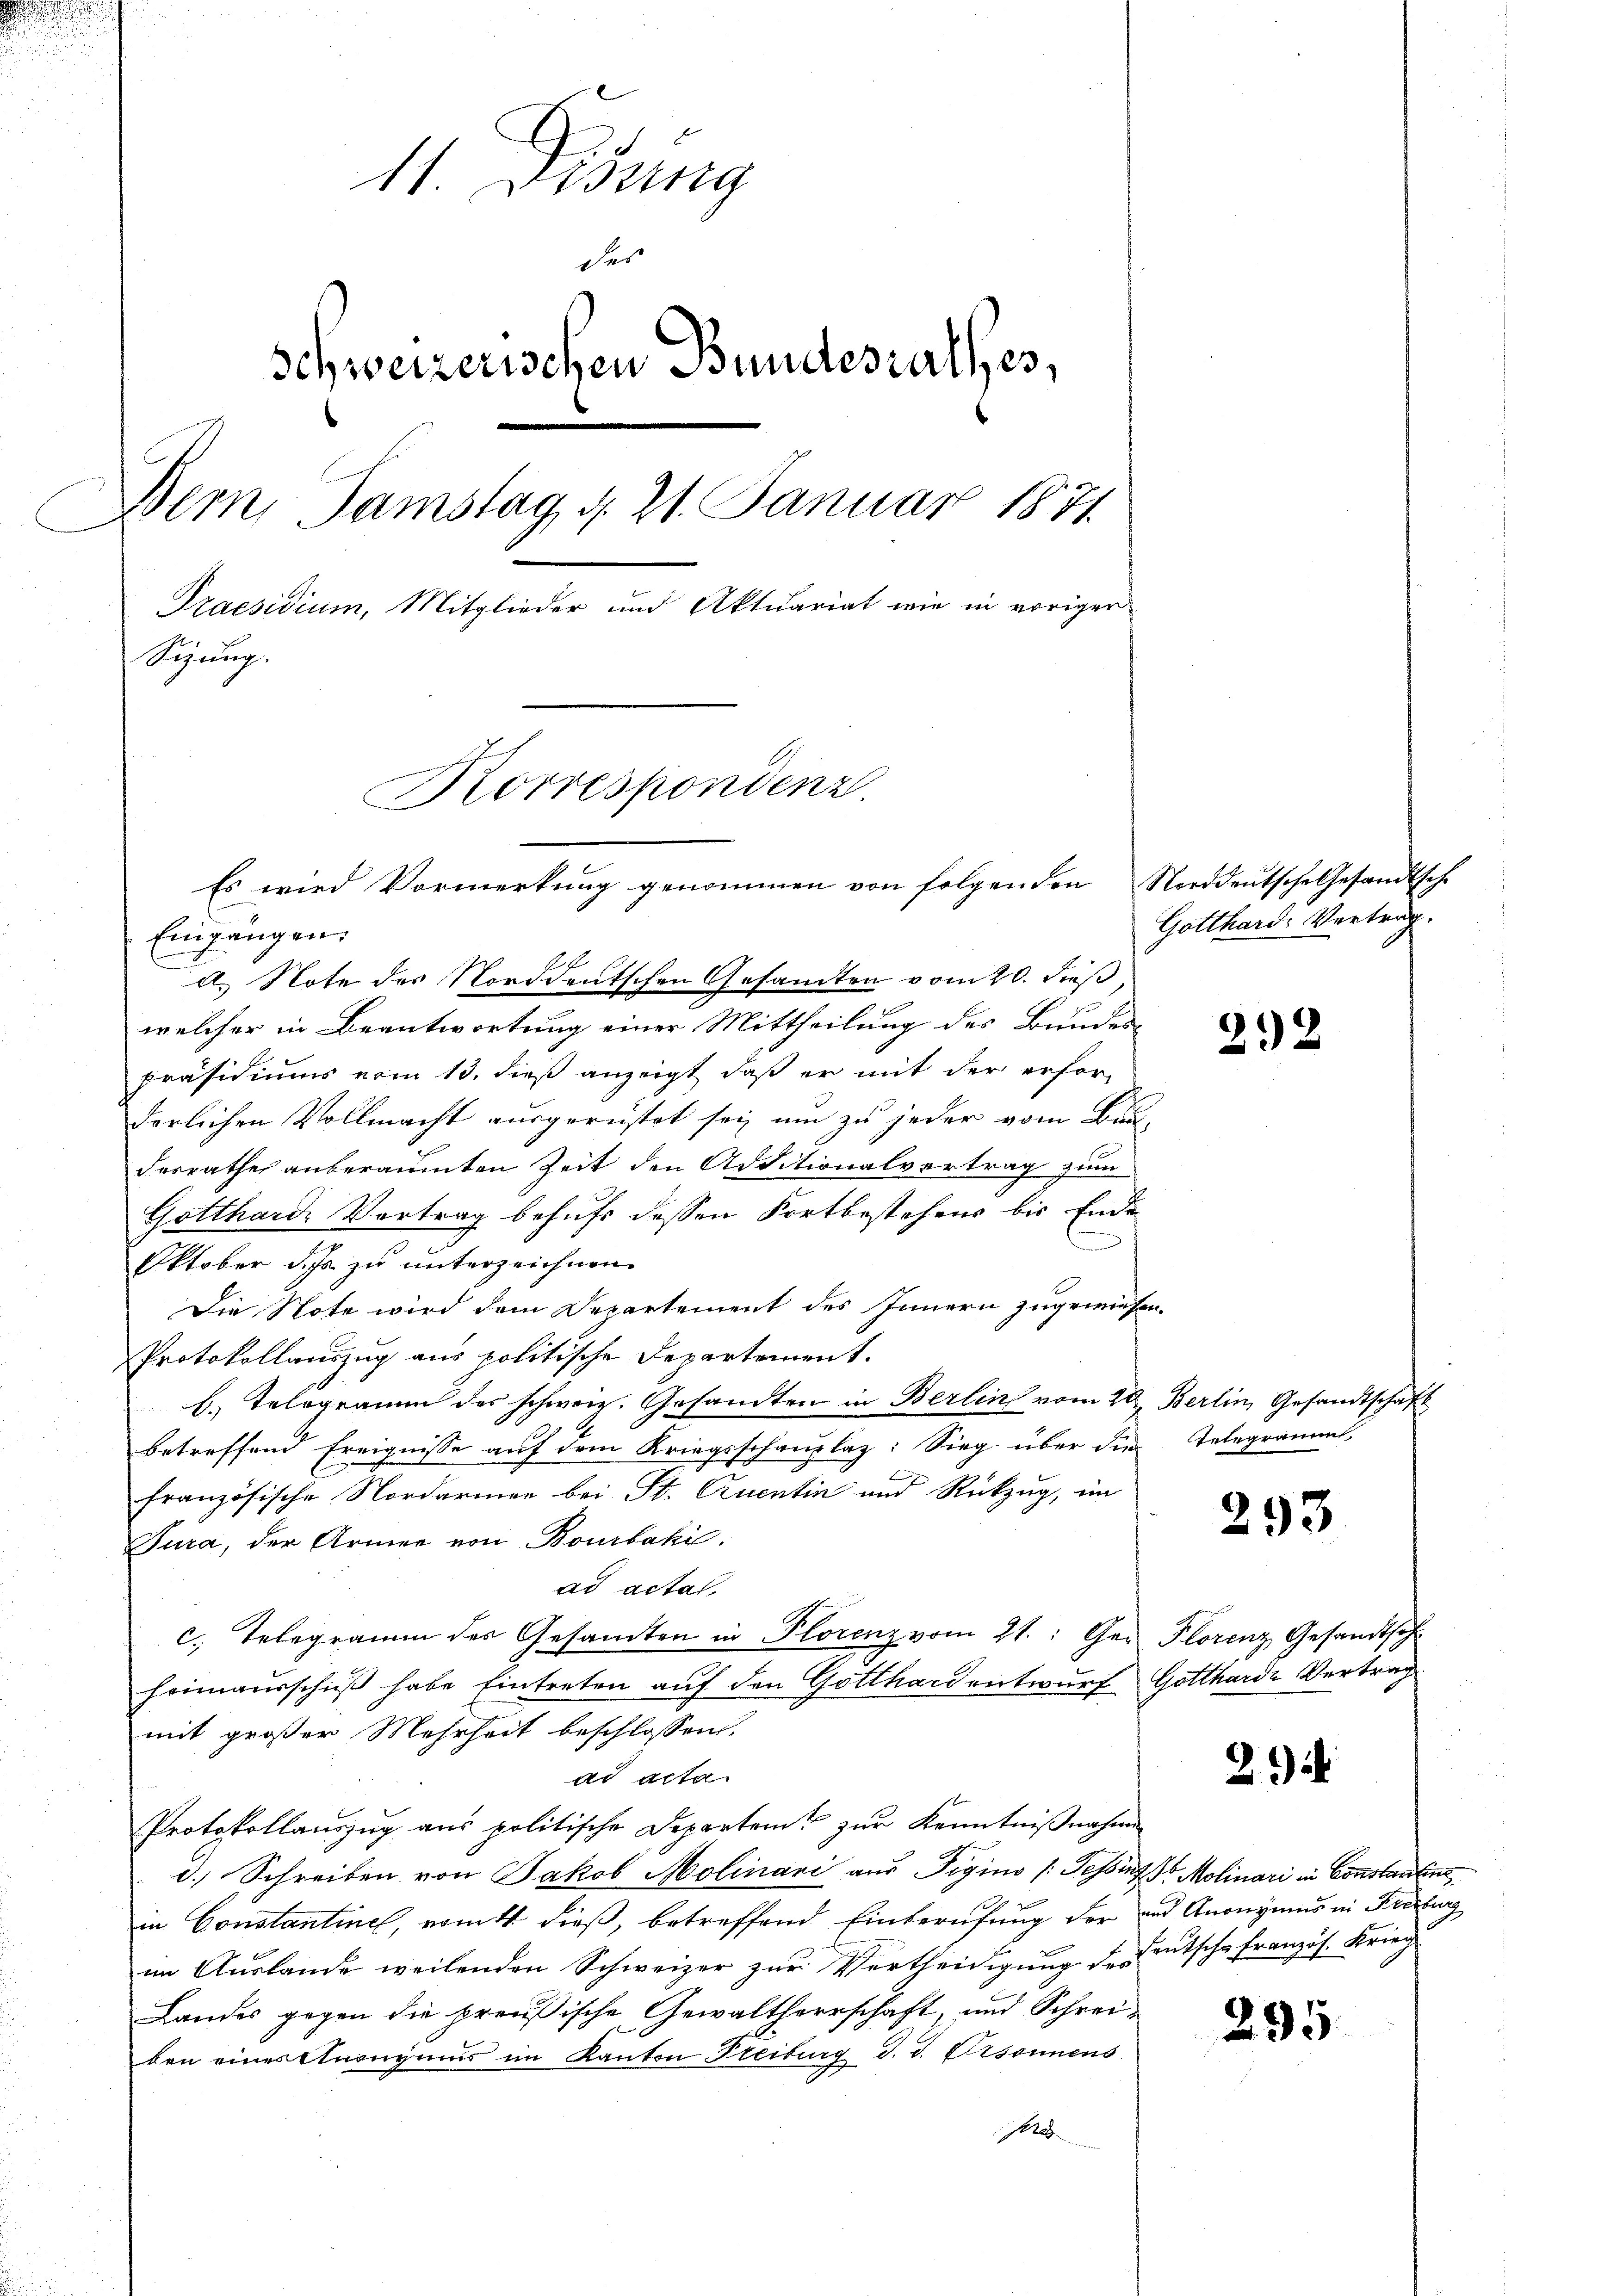
u

14. Disung
der
Schweizerischen Bundesrathes,
Bern, Samstag d. 21. Januar 1871
Praesidium, Mitglieder und Aktuariat wie in voriger
Sizung.
Korrespondenz.
Es wird Vormerkung genommen von folgenden Norddeutsche Gesandtsche

Eingängen.
c. Note des Norddeutschen Gesandten vom 20. Fuß,
welcher in Beantwortung einer Mittheilung des Bundes-
präsidiums vom 13. dieß anzeigt, daß er mit der erfor-
derlichen Vollmacht ausgerüstet sei um zu jeder vom Bau-
desrathe anberaumten Zeit den Additionalvertrag zum
Gotthard Vortrag behufs dessen Fortbestehens bis Ende
Oktober d. Js. zu unterzeichnen
Die Note wird dem Departement des Innern zugewiesen.
Protokollauszug aus politische Departement.
b. Telegramm des schweiz. Gesandten in Berlin vom 20. Berlin Gesandtschaft
betreffend Ereignisse auf dem Kriegsschauplaz: Sieg über die Telegrammt
französische Nordarmer bei St. Quentin und Rückzug, im
Tura, der Armee von Bourbaki
ad actat.
c. Telegramm des Gesamten in Plorenz vom 21.: Ger Florenz Gesandtsch
Heimausschuß habe Eintreten auf den Gotthard entwurf Gottharde Vertrag
mit großer Mehrheit beschlossen.
ad acta
Protokollauszug aus politische Departeit zur Kenntnißnahme
d.) Schreiben von Jakob Molinari aus Tigino (Tessint Molinari in Constantin
in Constantinel, womit dieß, betreffend Einberufung der und Anonymus in Fristung
im Aŭslande weilenden Schweizer zŭr Vertheidigŭng des Teutsche Französ. Krieg
Landes gegen die preußische Gewaltherrschaft, und Schreiben eines Anonymus im Kanton Freiburg d. d. Ersonnens
e

Gotthard. Vertrag.

292

293

2

295